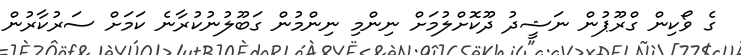
ގެ ވޯކިން ގްރޫޕުން ނަޝީދު ދޫކޮށްލުމަށް ނިންމި ނިންމުން ގަބޫލުނުކުރާނެ ކަމަށް ސަރުކާރުން